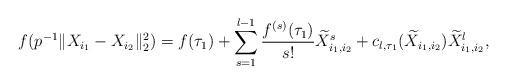
LaTeX: \begin{align*}f(p^{-1}\|X_{i_1}-X_{i_2}\|_{2}^2)=f(\tau_1)+\sum^{l-1}_{s=1}\frac{f^{(s)}(\tau_1)}{s!}\widetilde{X}_{i_1,i_2}^s+c_{l,\tau_1}(\widetilde{X}_{i_1,i_2})\widetilde{X}_{i_1,i_2}^{l},\end{align*}